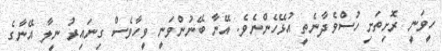
ހީވަނީ ރޮށިތަށި ހުސްވެދާނެތީ އުޅޭހެންނެވެ. އޭނާ ބޭނުންވަނީ ވީހާވެސް ގިނައިރު ނީލާ އޭނާގެ